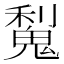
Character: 𫙋